Lunatic asylums in Bengal annual reports 1888-1898 - 1888-1898
Year: 1888
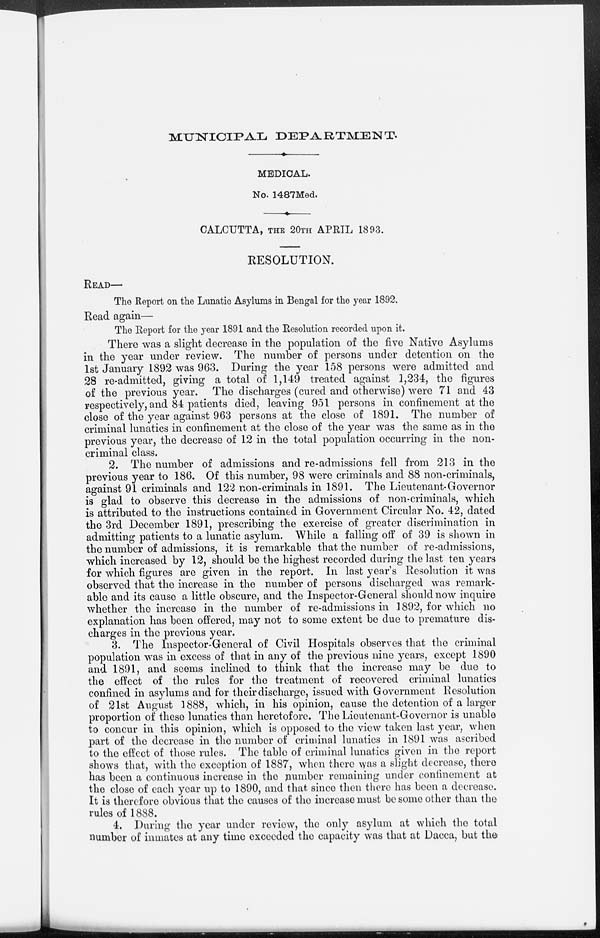
MUNICIPAL
DEPARTMENT.
MEDICAL.
No. 1487Med.
CALCUTTA, THE 20TH APRIL 1893.
RESOLUTION.
READ—
The Report on the Lunatic Asylums in Bengal for the year 1892.
Read again—
The Report for the year 1891 and the Resolution recorded upon it.
There was a slight decrease in the population of the five Native Asylums
in the year under review. The number of persons under detention on the
1st January 1892 was 963. During the year 158 persons were admitted and
28 re-admitted, giving a total of 1,149 treated against 1,234, the figures
of the previous year. The discharges (cured and otherwise) were 71 and 43
respectively, and 84 patients died, leaving 951 persons in confinement at the
close of the year against 963 persons at the close of 1891. The number of
criminal lunatics in confinement at the close of the year was the same as in the
previous year, the decrease of 12 in the total population occurring in the non-
criminal class.
2. The number of admissions and re-admissions fell from 213 in the
previous year to 186. Of this number, 98 were criminals and 88 non-criminals,
against 91 criminals and 122 non-criminals in 1891. The Lieutenant-Governor
is glad to observe this decrease in the admissions of non-criminals, which
is attributed to the instructions contained in Government Circular No. 42, dated
the 3rd December 1891, prescribing the exercise of greater discrimination in
admitting patients to a lunatic asylum. While a falling off of 39 is shown in
the number of admissions, it is remarkable that the number of re-admissions,
which increased by 12, should be the highest recorded during the last ten years
for which figures are given in the report. In last year's Resolution it was
observed that the increase in the number of persons discharged was remark-
able and its cause a little obscure, and the Inspector-General should now inquire
whether the increase in the number of re-admissions in 1892, for which no
explanation has been offered, may not to some extent be due to premature dis-
charges in the previous year.
3. The Inspector-General of Civil Hospitals observes that the criminal
population was in excess of that in any of the previous nine years, except 1890
and 1891, and seems inclined to think that the increase may be due to
the effect of the rules for the treatment of recovered criminal lunatics
confined in asylums and for their discharge, issued with Government Resolution
of 21st August 1888, which, in his opinion, cause the detention of a larger
proportion of these lunatics than heretofore. The Lieutenant-Governor is unable
to concur in this opinion, which is opposed to the view taken last year, when
part of the decrease in the number of criminal lunatics in 1891 was ascribed
to the effect of those rules. The table of criminal lunatics given in the report
shows that, with the exception of 1887, when there was a slight decrease, there
has been a continuous increase in the number remaining under confinement at
the close of each year up to 1890, and that since then there has been a decrease.
It is therefore obvious that the causes of the increase must be some other than the
rules of 1888.
4. During the year under review, the only asylum at which the total
number of inmates at any time exceeded the capacity was that at Dacca, but the